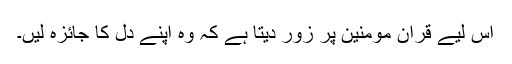
اس لیے قرآن مومنین پر زور دیتا ہے کہ وہ اپنے دل کا جائزہ لیں۔